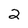
Character: 2